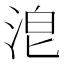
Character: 𣴡